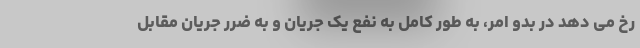
رخ می دهد در بدو امر، به طور کامل به نفع یک جریان و به ضرر جریان مقابل